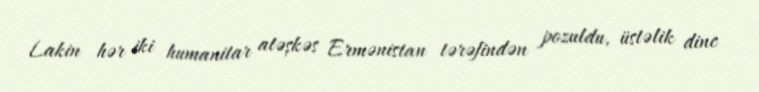
Lakin hər iki humanitar atəşkəs Ermənistan tərəfindən pozuldu, üstəlik dinc